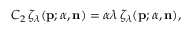
C _ { 2 } \, \zeta _ { \lambda } ( { \bf p } ; { \alpha } , { \bf n } ) = { \alpha } { \lambda } \, \zeta _ { \lambda } ( { \bf p } ; { \alpha } , { \bf n } ) ,